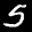
Label: 5